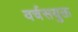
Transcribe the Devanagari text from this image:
वर्चसयुक्त